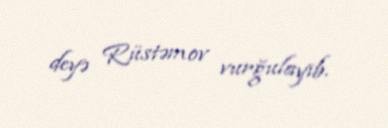
deyə Rüstəmov vurğulayıb.